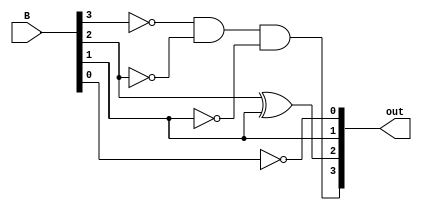
module Complement(B,out);
input [3:0] B;
output [3:0] out;
assign out[3]=(!B[3]&&!B[2]&&!B[1]);
assign out[2]=(B[2]^B[1]);
assign out[1]=(B[1]);
assign out[0]=(!B[0]);
endmodule